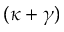
( \kappa + \gamma )